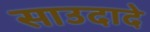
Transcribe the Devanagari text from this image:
साउदादे